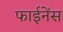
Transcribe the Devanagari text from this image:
फाईनेंस